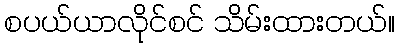
စပယ်ယာလိုင်စင် သိမ်းထားတယ်။